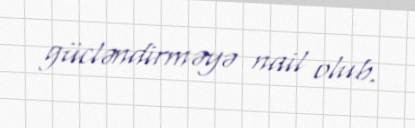
gücləndirməyə nail olub.